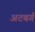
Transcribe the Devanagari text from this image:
अटबर्ग